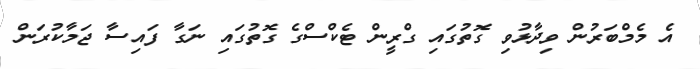
އެ މެމްބަރުން ވިދާޅުވި ގޮތުގައި ގްރީން ޓެކްސްގެ ގޮތުގައި ނަގާ ފައިސާ ޖަމާކުރަން